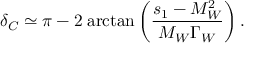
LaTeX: \delta _ { C } \simeq \pi - 2 \; \mathrm { a r c t a n } \left( { \frac { s _ { 1 } - M _ { W } ^ { 2 } } { M _ { W } \Gamma _ { W } } } \right) .